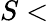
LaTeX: S<